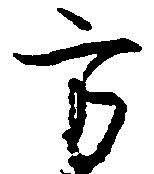
方